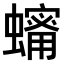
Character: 𧒫